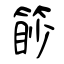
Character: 篎